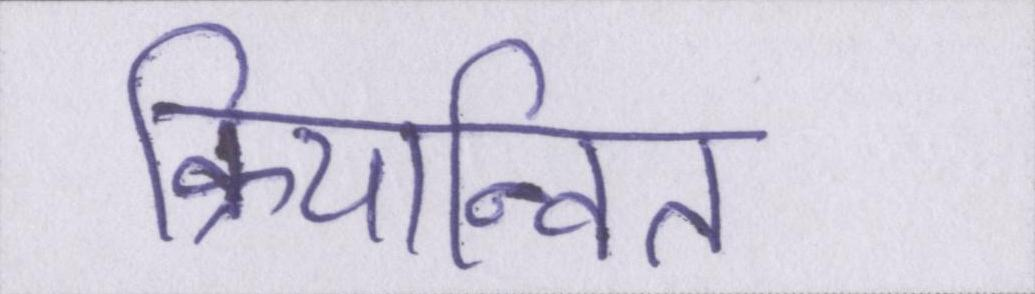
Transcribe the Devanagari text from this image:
क्रियान्वित